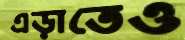
এড়াতেও